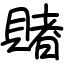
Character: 賭